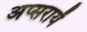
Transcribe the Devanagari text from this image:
अप्सरायें